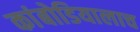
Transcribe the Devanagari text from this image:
कांबोडियालाच